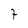
Character: 7